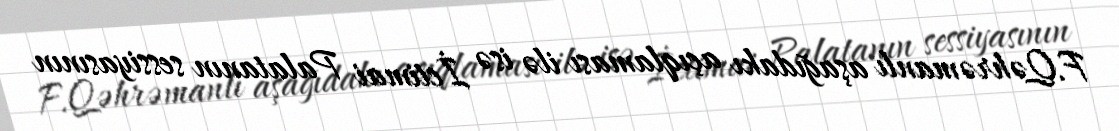
F.Qəhrəmanlı aşağıdakı açıqlaması ilə isə İctimai Palatanın sessiyasının